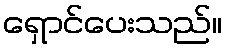
ရှောင်ပေးသည်။